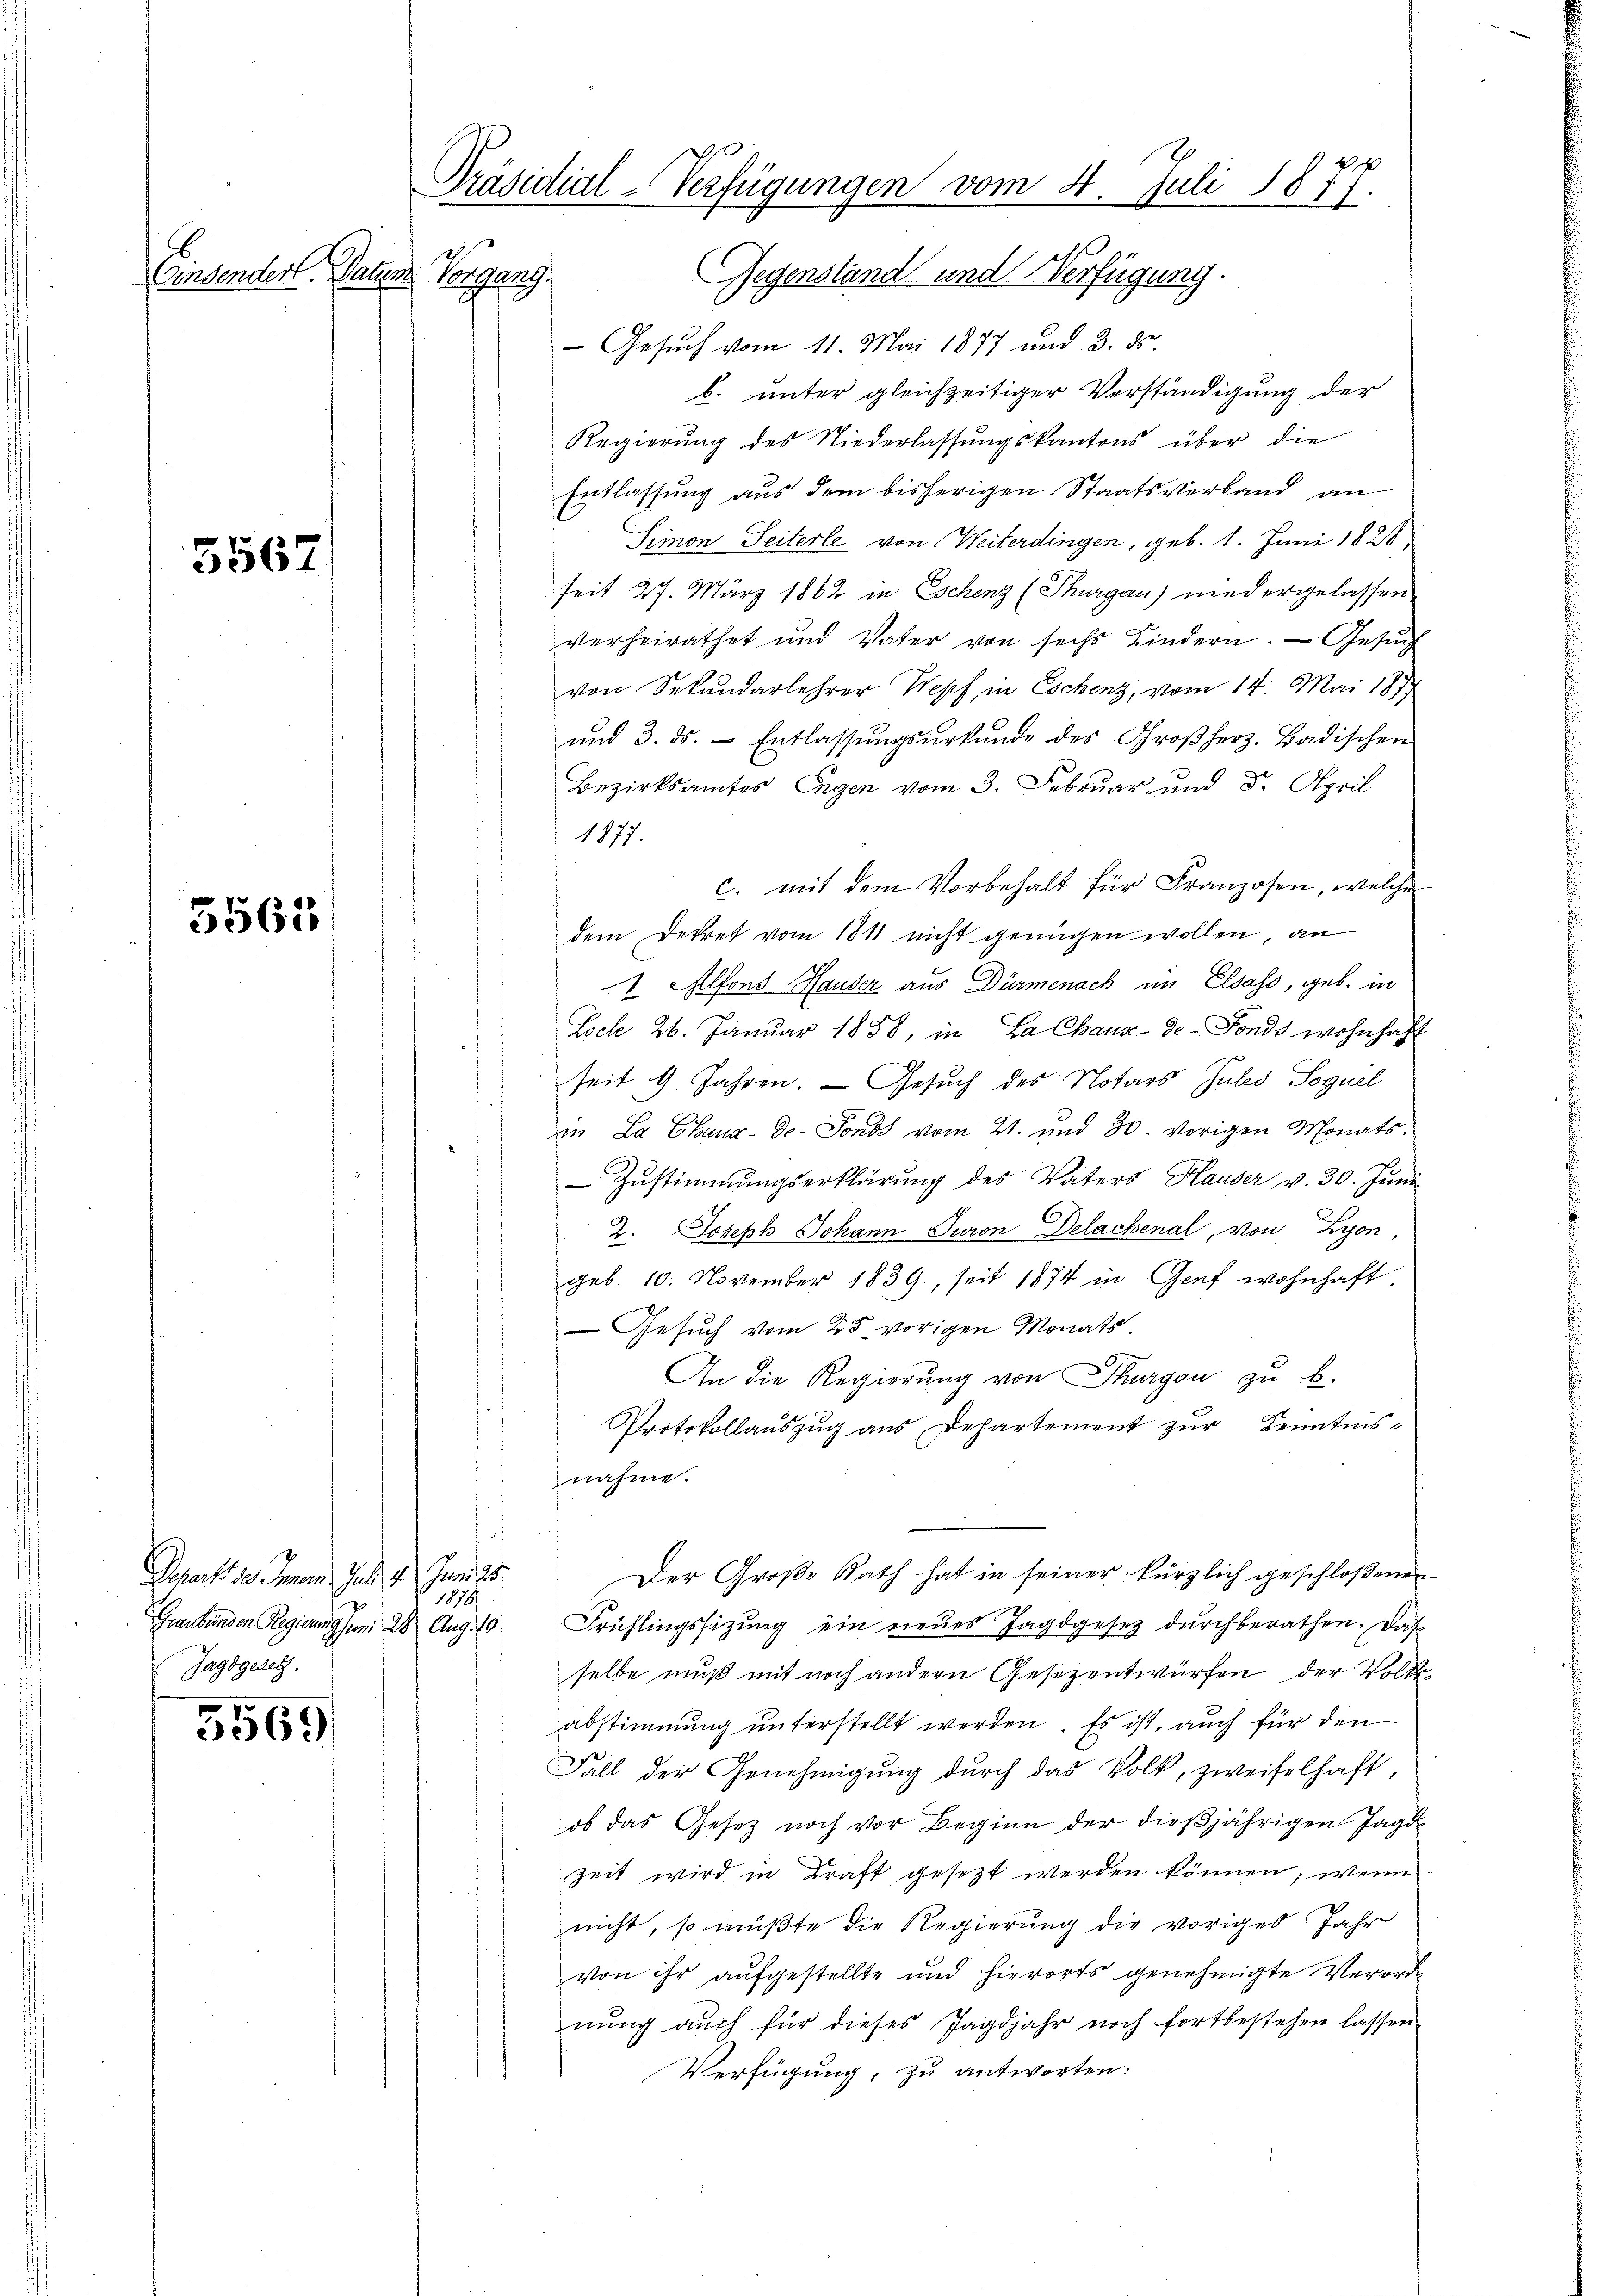
5567

5563

Departe des Immen. Jul. 4. Juni 18
1878
Graubünden Regierungen 28 Aug. 10
Jagdgesetz.

5569

Präsidial-Verfügungen vom 4. Juli 1877.
Gegenstand und Verfügung.
Einsenden Paten Vorgang.

Gesuch vom 11. Mai 1877 und 3. ds.
b. unter gleichzeitiger Verständigung der
Regierung des Niederlassŭngskantons über die
Entlassung aus dem bisherigen Staatsverband an
Simon Seiterle von Weiterdingen, geb. 1. Juni 1828
seit 27. März 1862 in Eschenz (Thurgau) niedergelassen
verheirathet und Vater von sechs Kindern. — Gesuch
von Sekundarlehrer Wepf, in Eschenz, vom 14. Mai 187
und 3. ds. - Entlassŭngsŭrkŭnde des Großherz. Badischen
Bezirksamtes Engen vom 3. Februar und 5. April
1877.
c. mit dem Vorbehalt für Franzosen, welches
dem Dekret vom 1811 nicht genügen wollen, an
1 Alfons Hauser aus Dürmenach im Elsass, geb. in
Doch 26. Januar 1888, in La Chaux-de-Fonds wohnhaft
seit 4 Jahren. — Gesuch des Notars Jules Soguel
in La Chaux-de-Fonds vom 21. und 30. vorigen Monats¬
Zustimmungserklärung des Vaters Hauser v. 30. Juni
2. Joseph Johann Turon Delachenal, von Lyon,
geb. 10. November 1839, seit 1874 in Genf wohnhaft.
Gesuch vom 25 vorigen Monats
An die Regierung von Thurgau zu b
Protokollauszug aus Departement zur Kenntnisnahme.
Der Große Rath hat in seiner kürzlich geschloßenen
Frühlingssitzung ein neues Jagdgesez durchberathen. Daß
selbe muß mit noch andern Gesezentwürfen der Volksabstimmung unterstellt worden. Es ist, auch für den
Fall der Genehmigung durch das Volk, zweifelhaft,
ob das Gesetz noch vor Beginn der dießjährigen Jagd-
Zeit wird in Kraft gesezt werden können; wenn
nicht, so müßte die Regierung die voriges Jahr
von ihr aŭfgestellte und hierorts genehmigte Verorde
nung auch für dieses Jagdjahr noch fortbestehen lassen
Verfügung, zu antworten: